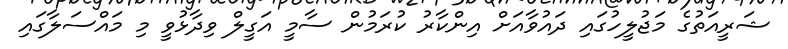
ޝަރީއަތުގެ މަޖުލީހުގައި ދައުވާއަށް އިންކާރު ކުރަމުން ސާމީ އަގީލް ވިދާޅުވީ މި މައްސަލާގައި